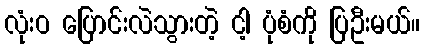
လုံးဝ ပြောင်းလဲသွားတဲ့ ငါ့ ပုံစံကို ပြဦးမယ်။